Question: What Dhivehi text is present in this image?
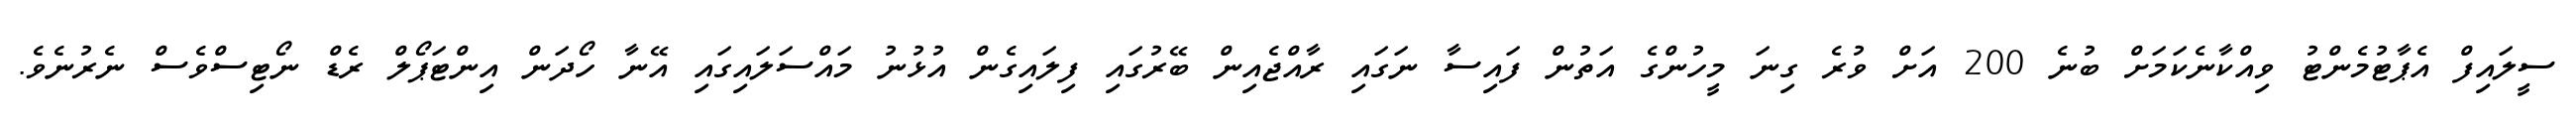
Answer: ސީލައިފް އެޕާޓުމެންޓު ވިއްކާނެކަމަށް ބުނެ 200 އަށް ވުރެ ގިނަ މީހުންގެ އަތުން ފައިސާ ނަގައި ރާއްޖެއިން ބޭރުގައި ފިލައިގެން އުޅުނު މައްސަލައިގައި އޭނާ ހޯދަން އިންޓަޕޯލް ރެޑް ނޯޓިސްވެސް ނެރުނެވެ.